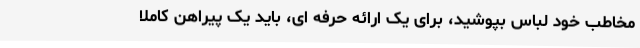
مخاطب خود لباس بپوشید، برای یک ارائه حرفه ای، باید یک پیراهن کاملا